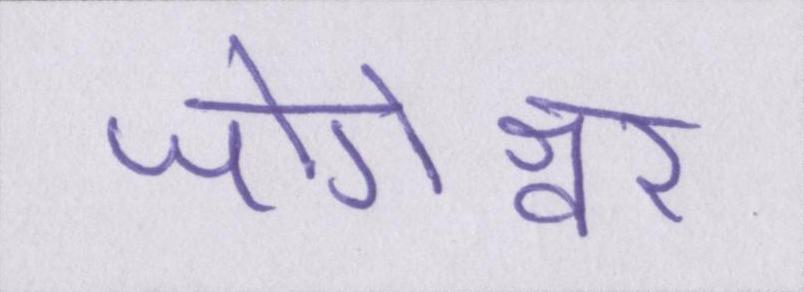
जोगेश्वर